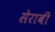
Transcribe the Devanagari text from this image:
सेराबी